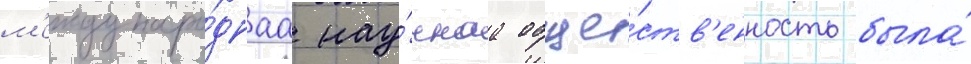
м'еждунаро́днаа нау́чнаа обще́ств'енность была́